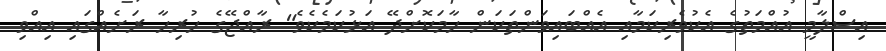
އިސްލާމީ އުއްމަތުގެ އެކުވެރިކަމާއި އެއްބައިވަންތަކަން ހާމަކޮށްދޭ އަޅުކަމެކެވެ" ރާއްޖޭގެ ހުރިހާ ރަށެއްގައި އިއްވި